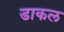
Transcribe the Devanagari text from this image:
डाकल